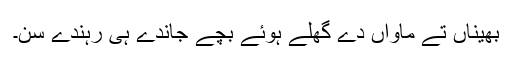
بھیناں تے ماواں دے گھلے ہوئے بچے جاندے ہی رہندے سن۔